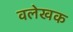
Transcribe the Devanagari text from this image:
वलेखक